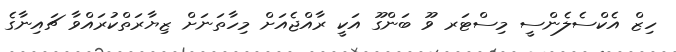
ހިޒް އެކްސެލެންސީ މިސްޓަރ ވޫ ބަންގޫ އަކީ ރާއްޖެއަށް މިހާތަނަށް ޒިޔާރަތްކުރައްވާ ޗައިނާގެ